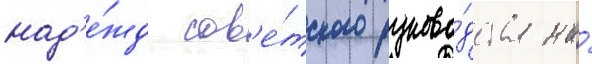
над'е́жд сов'е́тского руково́дства на́